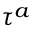
\tau ^ { a }